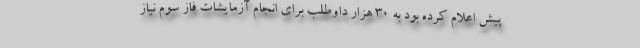
پیش اعلام کرده بود به ۳۰ هزار داوطلب برای انجام آزمایشات فاز سوم نیاز